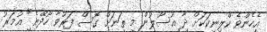
އެހެންވެ ކްލިނިކަކަށް ދާ އުސޫލުން މި ތަނަށް ގޮސް ފަރުވާ ހޯދޭނެ" އުމަރު